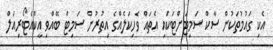
އެކި ގައުމުތަކުން ސާކް ސަމިޓަށްޓަކައި އެތައް ވެހިކަލެއްގެ އިތުރުން ސަމިޓް ބޭއްވި އީކްއެޓޯރިއަލް